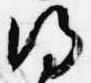
得